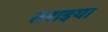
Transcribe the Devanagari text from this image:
तराइया